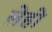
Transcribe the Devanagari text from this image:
लेहो